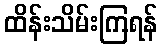
ထိန်းသိမ်းကြရန်